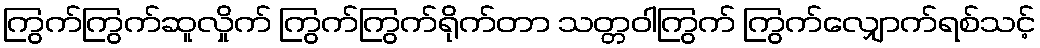
ကြွက်ကြွက်ဆူလှိုက် ကြွက်ကြွက်ရိုက်တာ သတ္တဝါကြွက် ကြွက်လျှောက်ရစ်သင့်